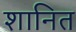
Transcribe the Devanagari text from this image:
शानित